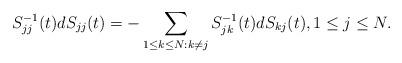
LaTeX: \begin{align*} S^{-1}_{jj}(t) dS_{jj}(t) = - \sum_{1 \leq k \leq N: k \neq j} S^{-1}_{jk}(t)dS_{kj}(t),1 \leq j \leq N. \end{align*}